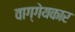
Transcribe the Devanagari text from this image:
वाग्गेयकार